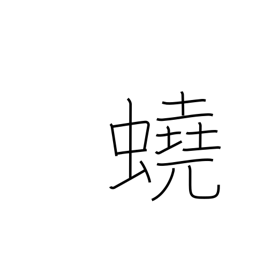
Meaning: intestinal worm